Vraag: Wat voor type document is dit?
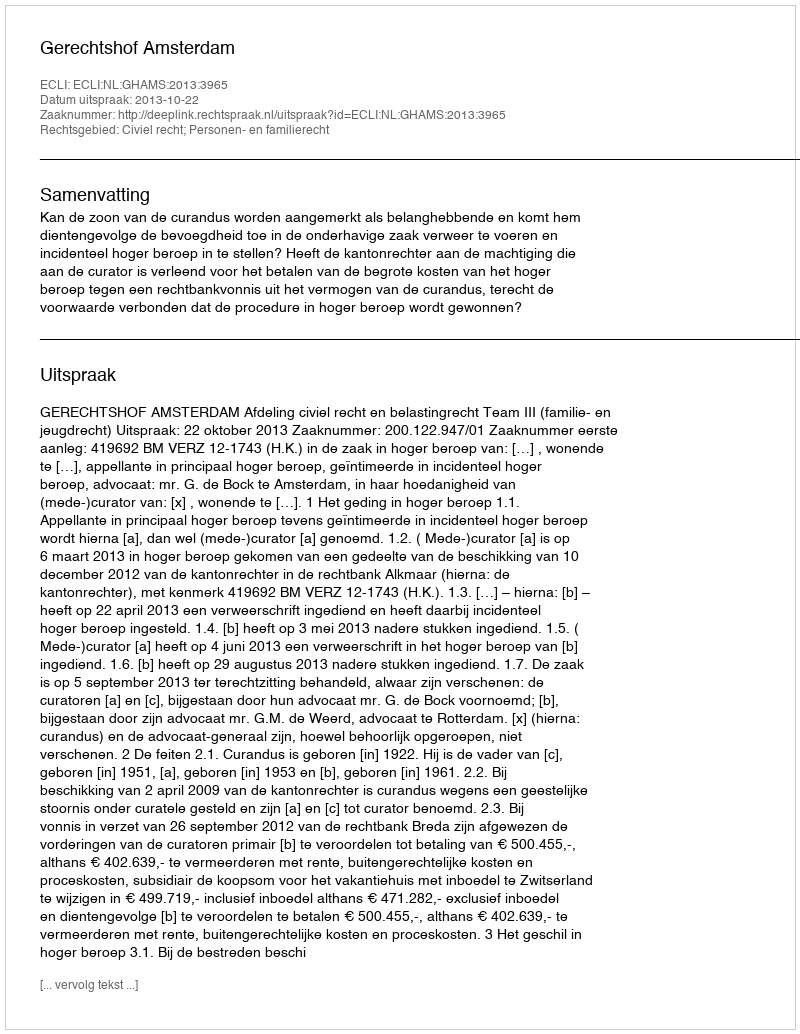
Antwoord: Uitspraak